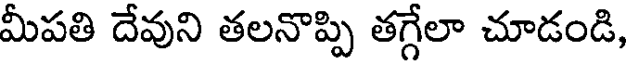
మీపతి దేవుని తలనొప్పి తగ్గేలా చూడండి,